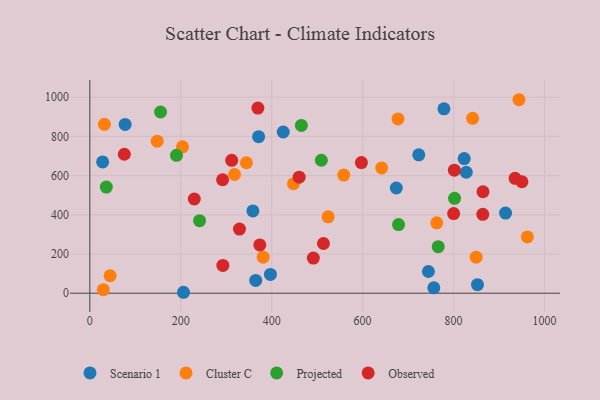
{"axis": {"x": "Ad Spend", "y": "Yield"}, "legend": ["Cluster C", "Observed", "Projected", "Scenario 1"], "data": [{"x": "206.0", "y": 4.7, "type": "Scenario 1"}, {"x": "914.4", "y": 409.0, "type": "Scenario 1"}, {"x": "723.5", "y": 706.2, "type": "Scenario 1"}, {"x": "852.7", "y": 43.4, "type": "Scenario 1"}, {"x": "364.8", "y": 65.1, "type": "Scenario 1"}, {"x": "744.7", "y": 110.8, "type": "Scenario 1"}, {"x": "425.4", "y": 822.4, "type": "Scenario 1"}, {"x": "778.9", "y": 940.8, "type": "Scenario 1"}, {"x": "397.2", "y": 95.7, "type": "Scenario 1"}, {"x": "756.6", "y": 27.4, "type": "Scenario 1"}, {"x": "28.1", "y": 669.5, "type": "Scenario 1"}, {"x": "358.6", "y": 420.0, "type": "Scenario 1"}, {"x": "823.4", "y": 686.6, "type": "Scenario 1"}, {"x": "828.0", "y": 617.1, "type": "Scenario 1"}, {"x": "77.6", "y": 860.9, "type": "Scenario 1"}, {"x": "371.2", "y": 798.6, "type": "Scenario 1"}, {"x": "674.1", "y": 536.7, "type": "Scenario 1"}, {"x": "318.2", "y": 605.5, "type": "Cluster C"}, {"x": "641.9", "y": 639.1, "type": "Cluster C"}, {"x": "44.6", "y": 89.6, "type": "Cluster C"}, {"x": "763.1", "y": 358.8, "type": "Cluster C"}, {"x": "447.9", "y": 558.3, "type": "Cluster C"}, {"x": "943.9", "y": 987.1, "type": "Cluster C"}, {"x": "558.5", "y": 602.5, "type": "Cluster C"}, {"x": "849.7", "y": 183.9, "type": "Cluster C"}, {"x": "524.1", "y": 389.7, "type": "Cluster C"}, {"x": "962.4", "y": 287.2, "type": "Cluster C"}, {"x": "344.4", "y": 665.5, "type": "Cluster C"}, {"x": "29.5", "y": 18.0, "type": "Cluster C"}, {"x": "381.4", "y": 183.8, "type": "Cluster C"}, {"x": "842.0", "y": 892.4, "type": "Cluster C"}, {"x": "677.9", "y": 888.9, "type": "Cluster C"}, {"x": "203.8", "y": 746.6, "type": "Cluster C"}, {"x": "32.1", "y": 861.7, "type": "Cluster C"}, {"x": "148.1", "y": 775.8, "type": "Cluster C"}, {"x": "802.2", "y": 483.9, "type": "Projected"}, {"x": "155.5", "y": 924.4, "type": "Projected"}, {"x": "241.3", "y": 369.9, "type": "Projected"}, {"x": "36.2", "y": 541.2, "type": "Projected"}, {"x": "190.6", "y": 703.4, "type": "Projected"}, {"x": "766.3", "y": 237.4, "type": "Projected"}, {"x": "465.3", "y": 856.1, "type": "Projected"}, {"x": "509.2", "y": 678.3, "type": "Projected"}, {"x": "679.0", "y": 350.2, "type": "Projected"}, {"x": "864.3", "y": 402.2, "type": "Observed"}, {"x": "373.8", "y": 246.1, "type": "Observed"}, {"x": "229.7", "y": 480.6, "type": "Observed"}, {"x": "460.4", "y": 591.9, "type": "Observed"}, {"x": "513.9", "y": 253.5, "type": "Observed"}, {"x": "597.3", "y": 666.6, "type": "Observed"}, {"x": "864.8", "y": 517.5, "type": "Observed"}, {"x": "935.4", "y": 586.0, "type": "Observed"}, {"x": "75.8", "y": 709.0, "type": "Observed"}, {"x": "312.0", "y": 678.0, "type": "Observed"}, {"x": "950.4", "y": 568.6, "type": "Observed"}, {"x": "329.1", "y": 327.3, "type": "Observed"}, {"x": "369.6", "y": 944.5, "type": "Observed"}, {"x": "491.6", "y": 179.3, "type": "Observed"}, {"x": "292.6", "y": 141.8, "type": "Observed"}, {"x": "292.0", "y": 578.8, "type": "Observed"}, {"x": "801.8", "y": 627.8, "type": "Observed"}, {"x": "800.2", "y": 406.2, "type": "Observed"}]}